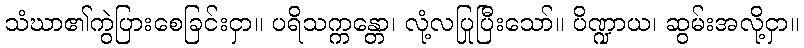
သံဃာ၏ကွဲပြားစေခြင်းငှာ။ ပရိသက္ကန္တော၊ လုံ့လပြုပြီးသော်။ ပိဏ္ဍာယ၊ ဆွမ်းအလို့ငှာ။